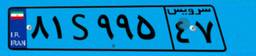
۸۱S۹۹۵۴۷